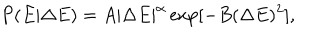
P ( E | \Delta E ) = A | \Delta E | ^ { \alpha } \exp [ - B ( \Delta E ) ^ { 2 } ] ,